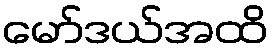
မော်ဒယ်အထိ